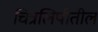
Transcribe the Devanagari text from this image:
चित्रलिपीतील